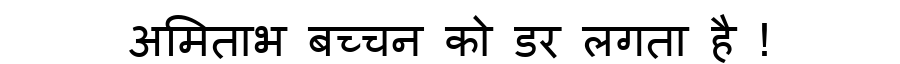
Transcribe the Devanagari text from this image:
अमिताभ बच्चन को डर लगता है !